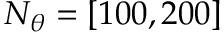
N _ { \theta } = \left[ 1 0 0 , 2 0 0 \right]